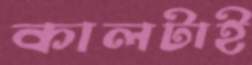
কালটাই